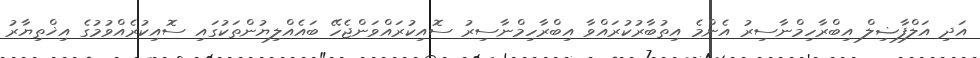
އަދި އަލްފާޟިލް އިބްރާހިމްނާސިރު އެންމެ އިތުބާރުކުރައްވާ އިބްރާހިމްނާސިރު ސޮއިކުރައްވަންޖެހޭ ބައެއްލިޔުންތަކުގައި ސޮއިކުރެއްވުމުގެ އިޚްތިޔާރު